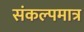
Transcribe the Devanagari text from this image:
संकल्पमात्र